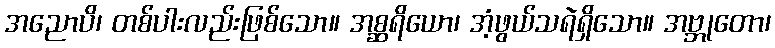
အညောပိ၊ တစ်ပါးလည်းဖြစ်သော။ အစ္ဆရိယော၊ အံ့ဖွယ်သရဲရှိသော။ အဗ္ဘုတော၊